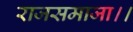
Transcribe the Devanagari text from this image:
राजसमाजा।।